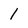
Character: 1